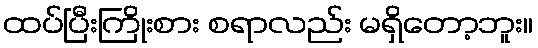
ထပ်ပြီးကြိုးစား စရာလည်း မရှိတော့ဘူး။